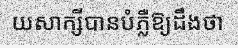
យសាក្សីបានបំភ្លឺឱ្យដឹងថា